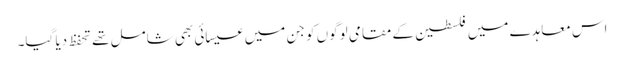
اس معاہدے میں فلسطین کے مقامی لوگوں کو جن میں عیسائی بھی شامل تھے تحفظ دیا گیا۔